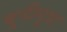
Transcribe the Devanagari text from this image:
बुमीपुत्रा